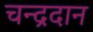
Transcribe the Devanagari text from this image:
चन्द्रदान